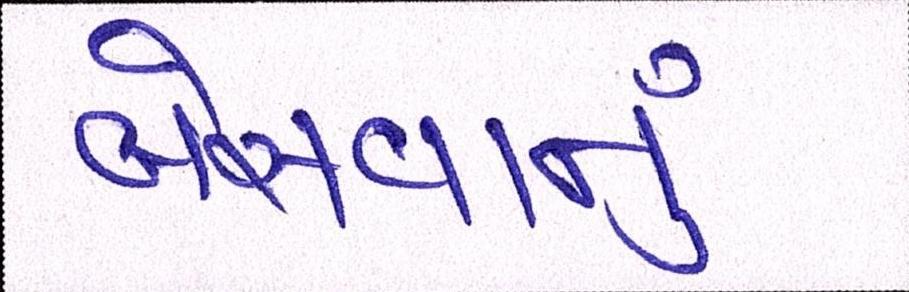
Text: બેસવાનું